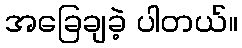
အခြေချခဲ့ ပါတယ်။